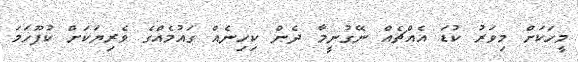
މީހަކަށް މިވަރު ކުޑަ އެއްޗެއް ނޭގުނީމާ ދެން ކިހިނެއް ގައުމެއްގެ ވެރިޔަކަށް ކުފޫހަމަ